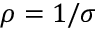
\rho = 1 / \sigma